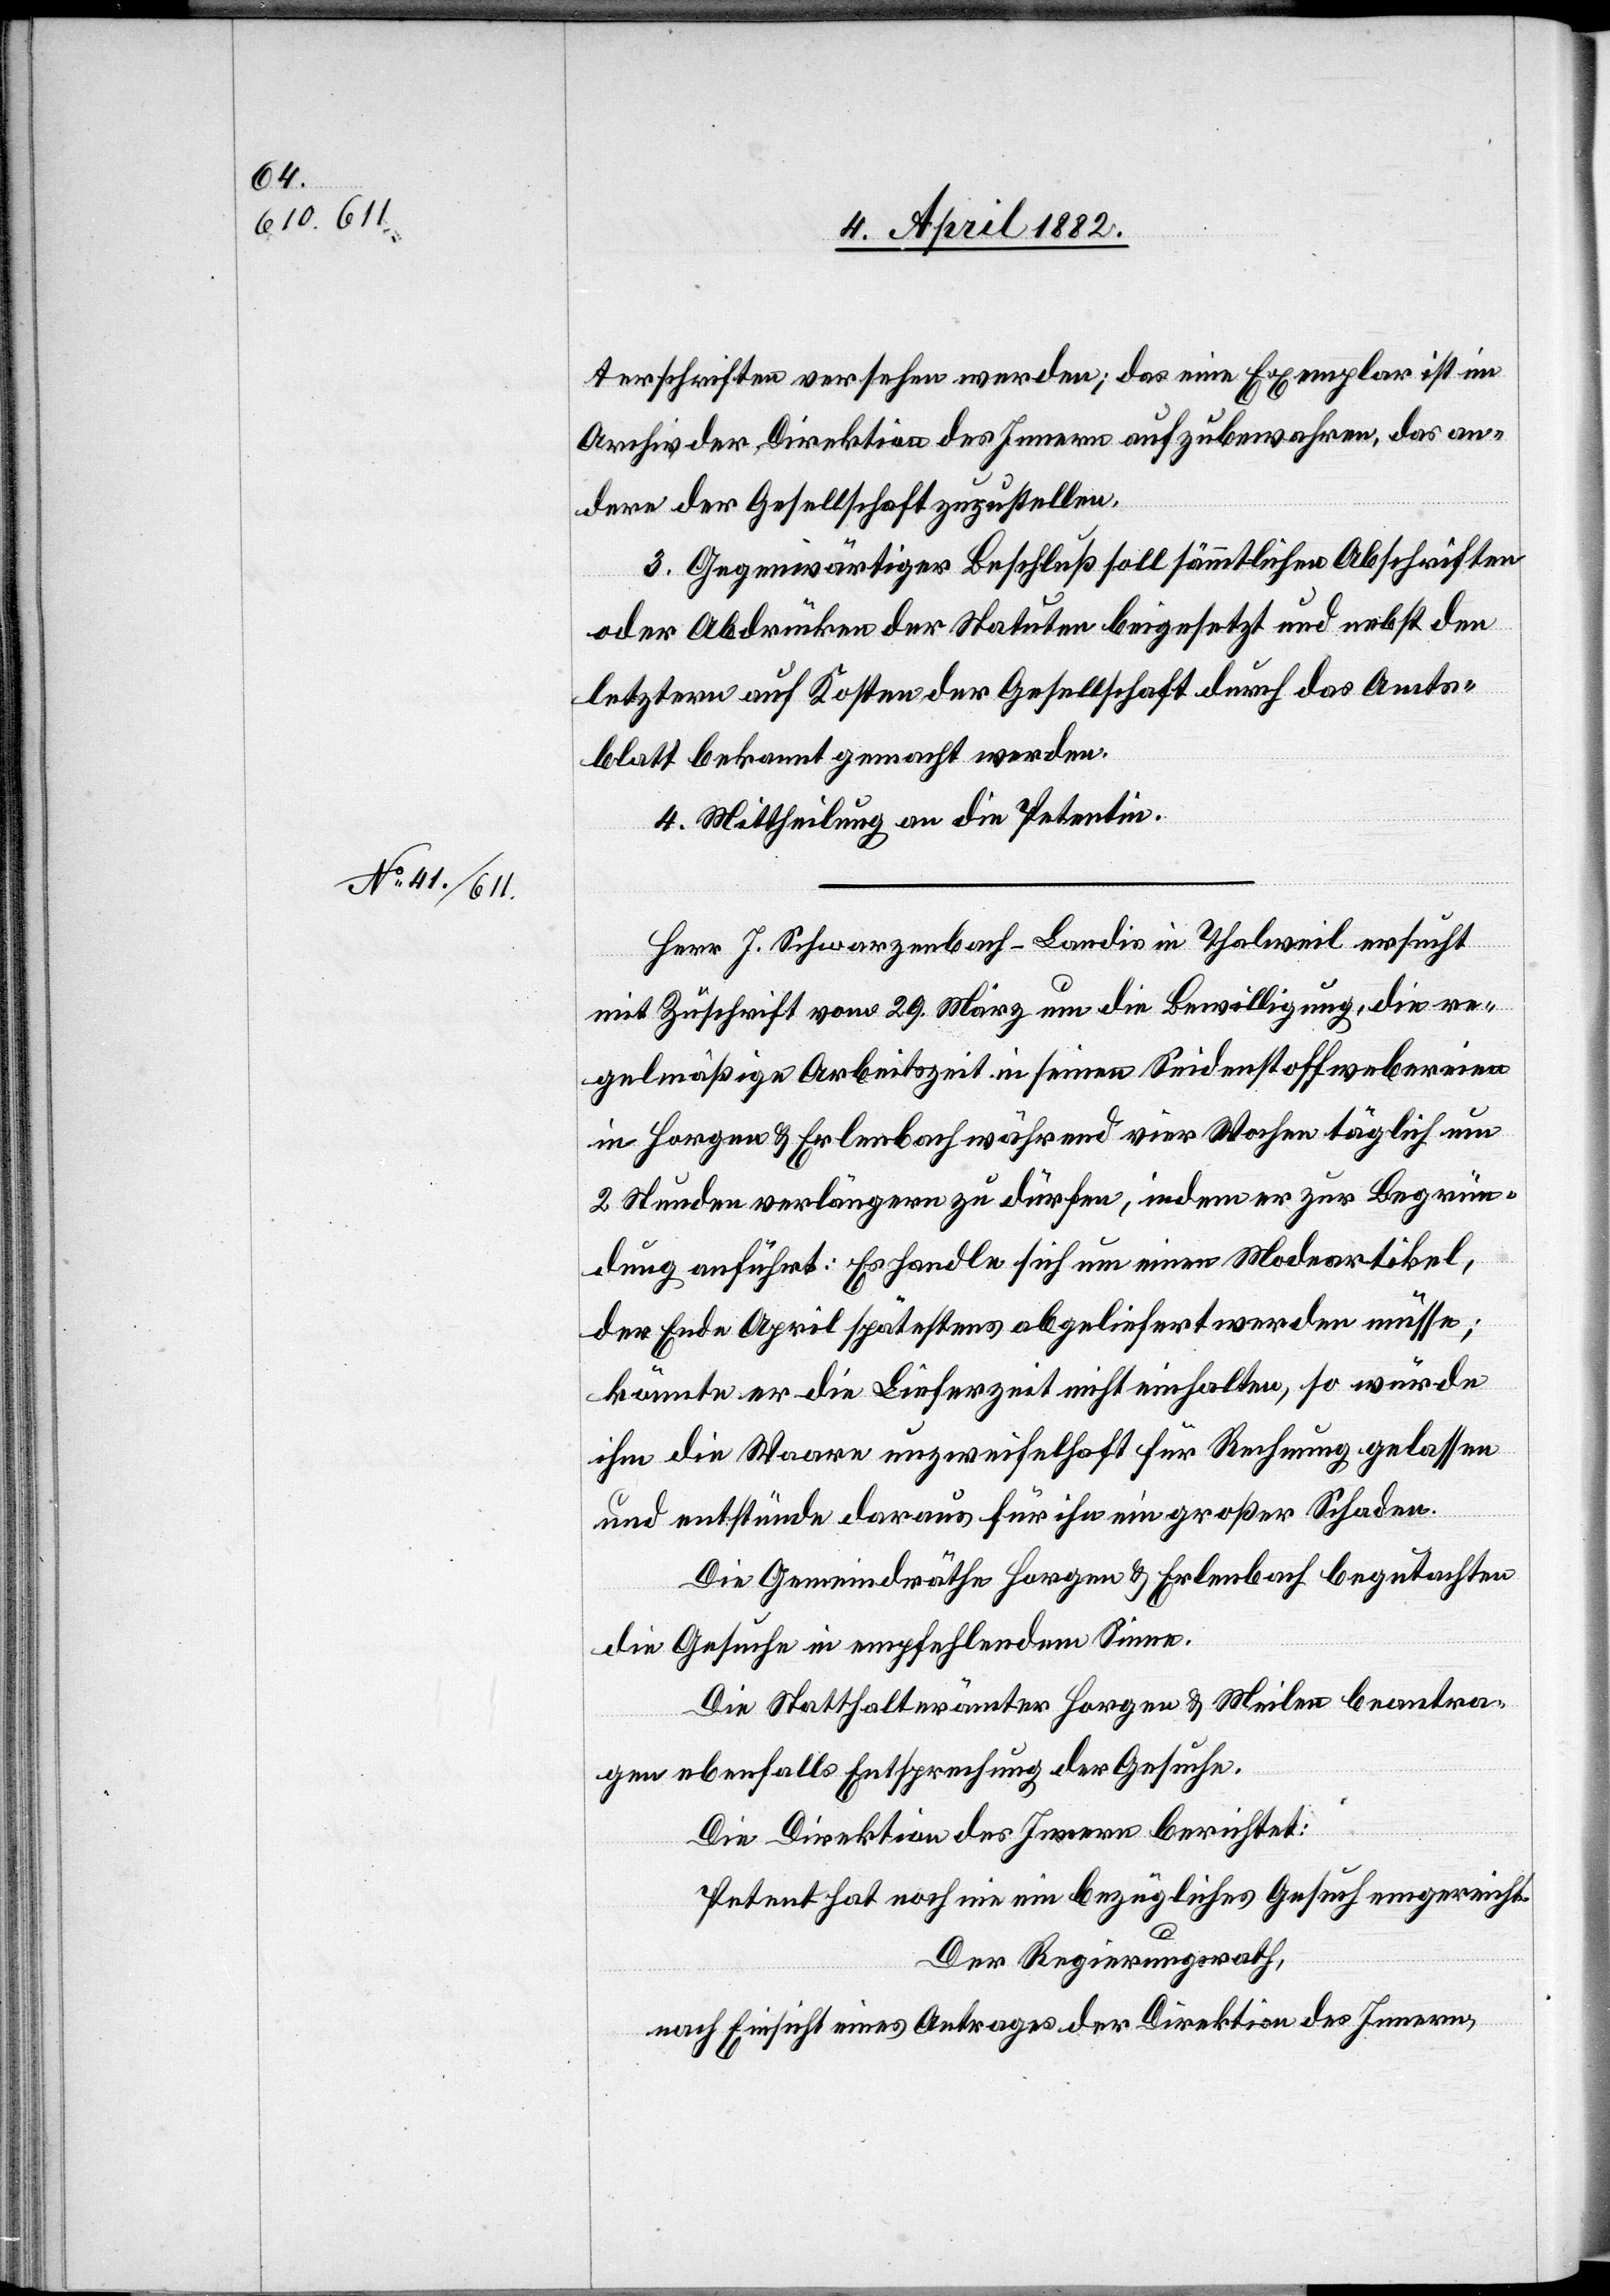
terschriften versehen werden; das eine Exemplar ist im
Archiv der Direktion des Innern aufzubewahren, das an¬
dere der Gesellschaft zuzustellen.
3. Gegenwärtiger Beschluß soll sämmtlichen Abschriften
oder Abdrücken der Statuten beigesetzt und nebst den
letztern auf Kosten der Gesellschaft durch das Amts¬
blatt bekannt gemacht werden.
4. Mittheilung an die Petentin.
Herr J. Schwarzenbach-Landis in Thalweil ersucht
mit Zuschrift vom 29. März um die Bewilligung, die re¬
gelmäßige Arbeitszeit in seinen Seidenstoffwebereien
in Horgen & Erlenbach während vier Wochen täglich um
2 Stunden verlängern zu dürfen, indem er zur Begrün¬
dung anführt: Es handle sich um einen Modeartikel,
der Ende April spätestens abgeliefert werden müsse;
könnte er die Lieferzeit nicht einhalten, so würde
ihm die Waare unzweifelhaft für Rechnung gelassen
und entstünde daraus für ihn ein großer Schaden.
Die Gemeindräthe Horgen & Erlenbach begutachten
die Gesuche in empfehlendem Sinne.
Die Statthalterämter Horgen & Meilen beantra¬
gen ebenfalls Entsprechung der Gesuche.
Die Direktion des Innern berichtet:
Petent hat noch nie ein bezügliches Gesuch eingereicht.
Der Regierungsrath,
nach Einsicht eines Antrages der Direktion des Innern,